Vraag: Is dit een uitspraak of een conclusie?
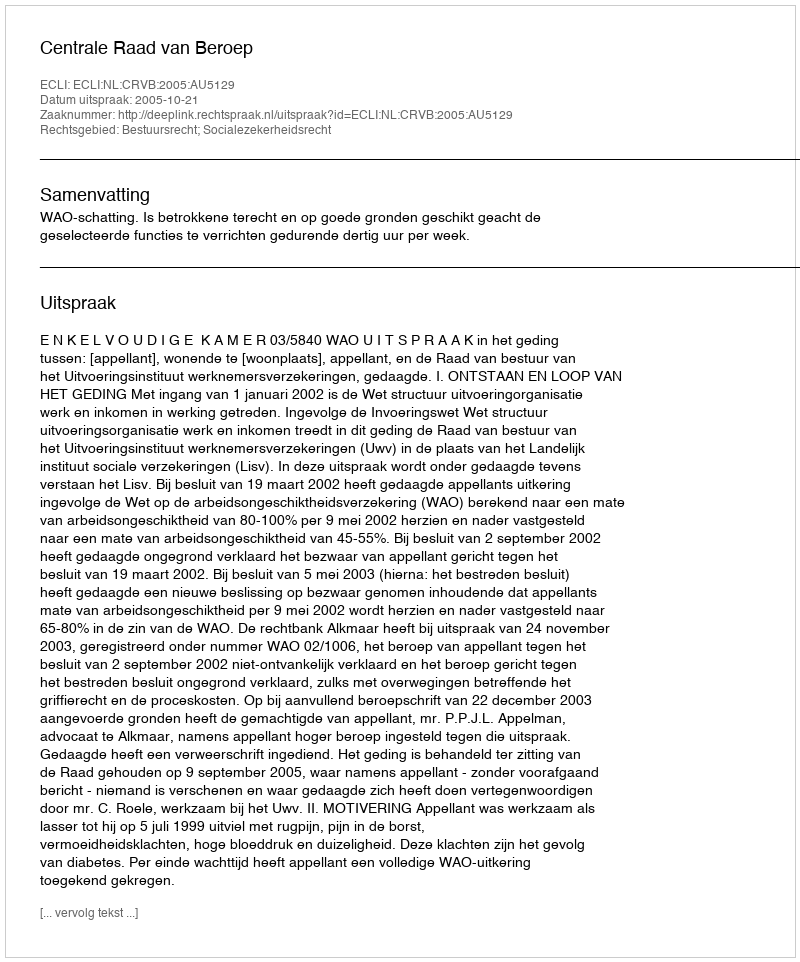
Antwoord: Uitspraak